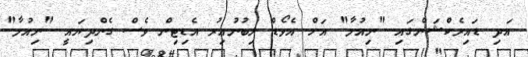
އަދި ޑައިރެކްޝަންގައި "ނިއުމާ" އަށް އެވޯޑް ލިބުނުއިރު އެޑިޓިން ވެސް ގެންދިޔައީ "ނިއުމާ"